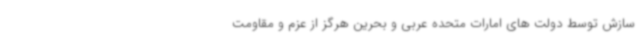
سازش توسط دولت های امارات متحده عربی و بحرین هرگز از عزم و مقاومت